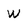
Character: W